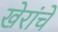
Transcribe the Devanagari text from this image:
खेरांचे